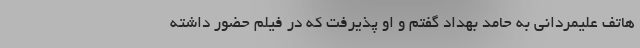
هاتف علیمردانی به حامد بهداد گفتم و او پذیرفت که در فیلم حضور داشته